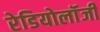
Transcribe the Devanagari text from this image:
रेडियोलॉंजी